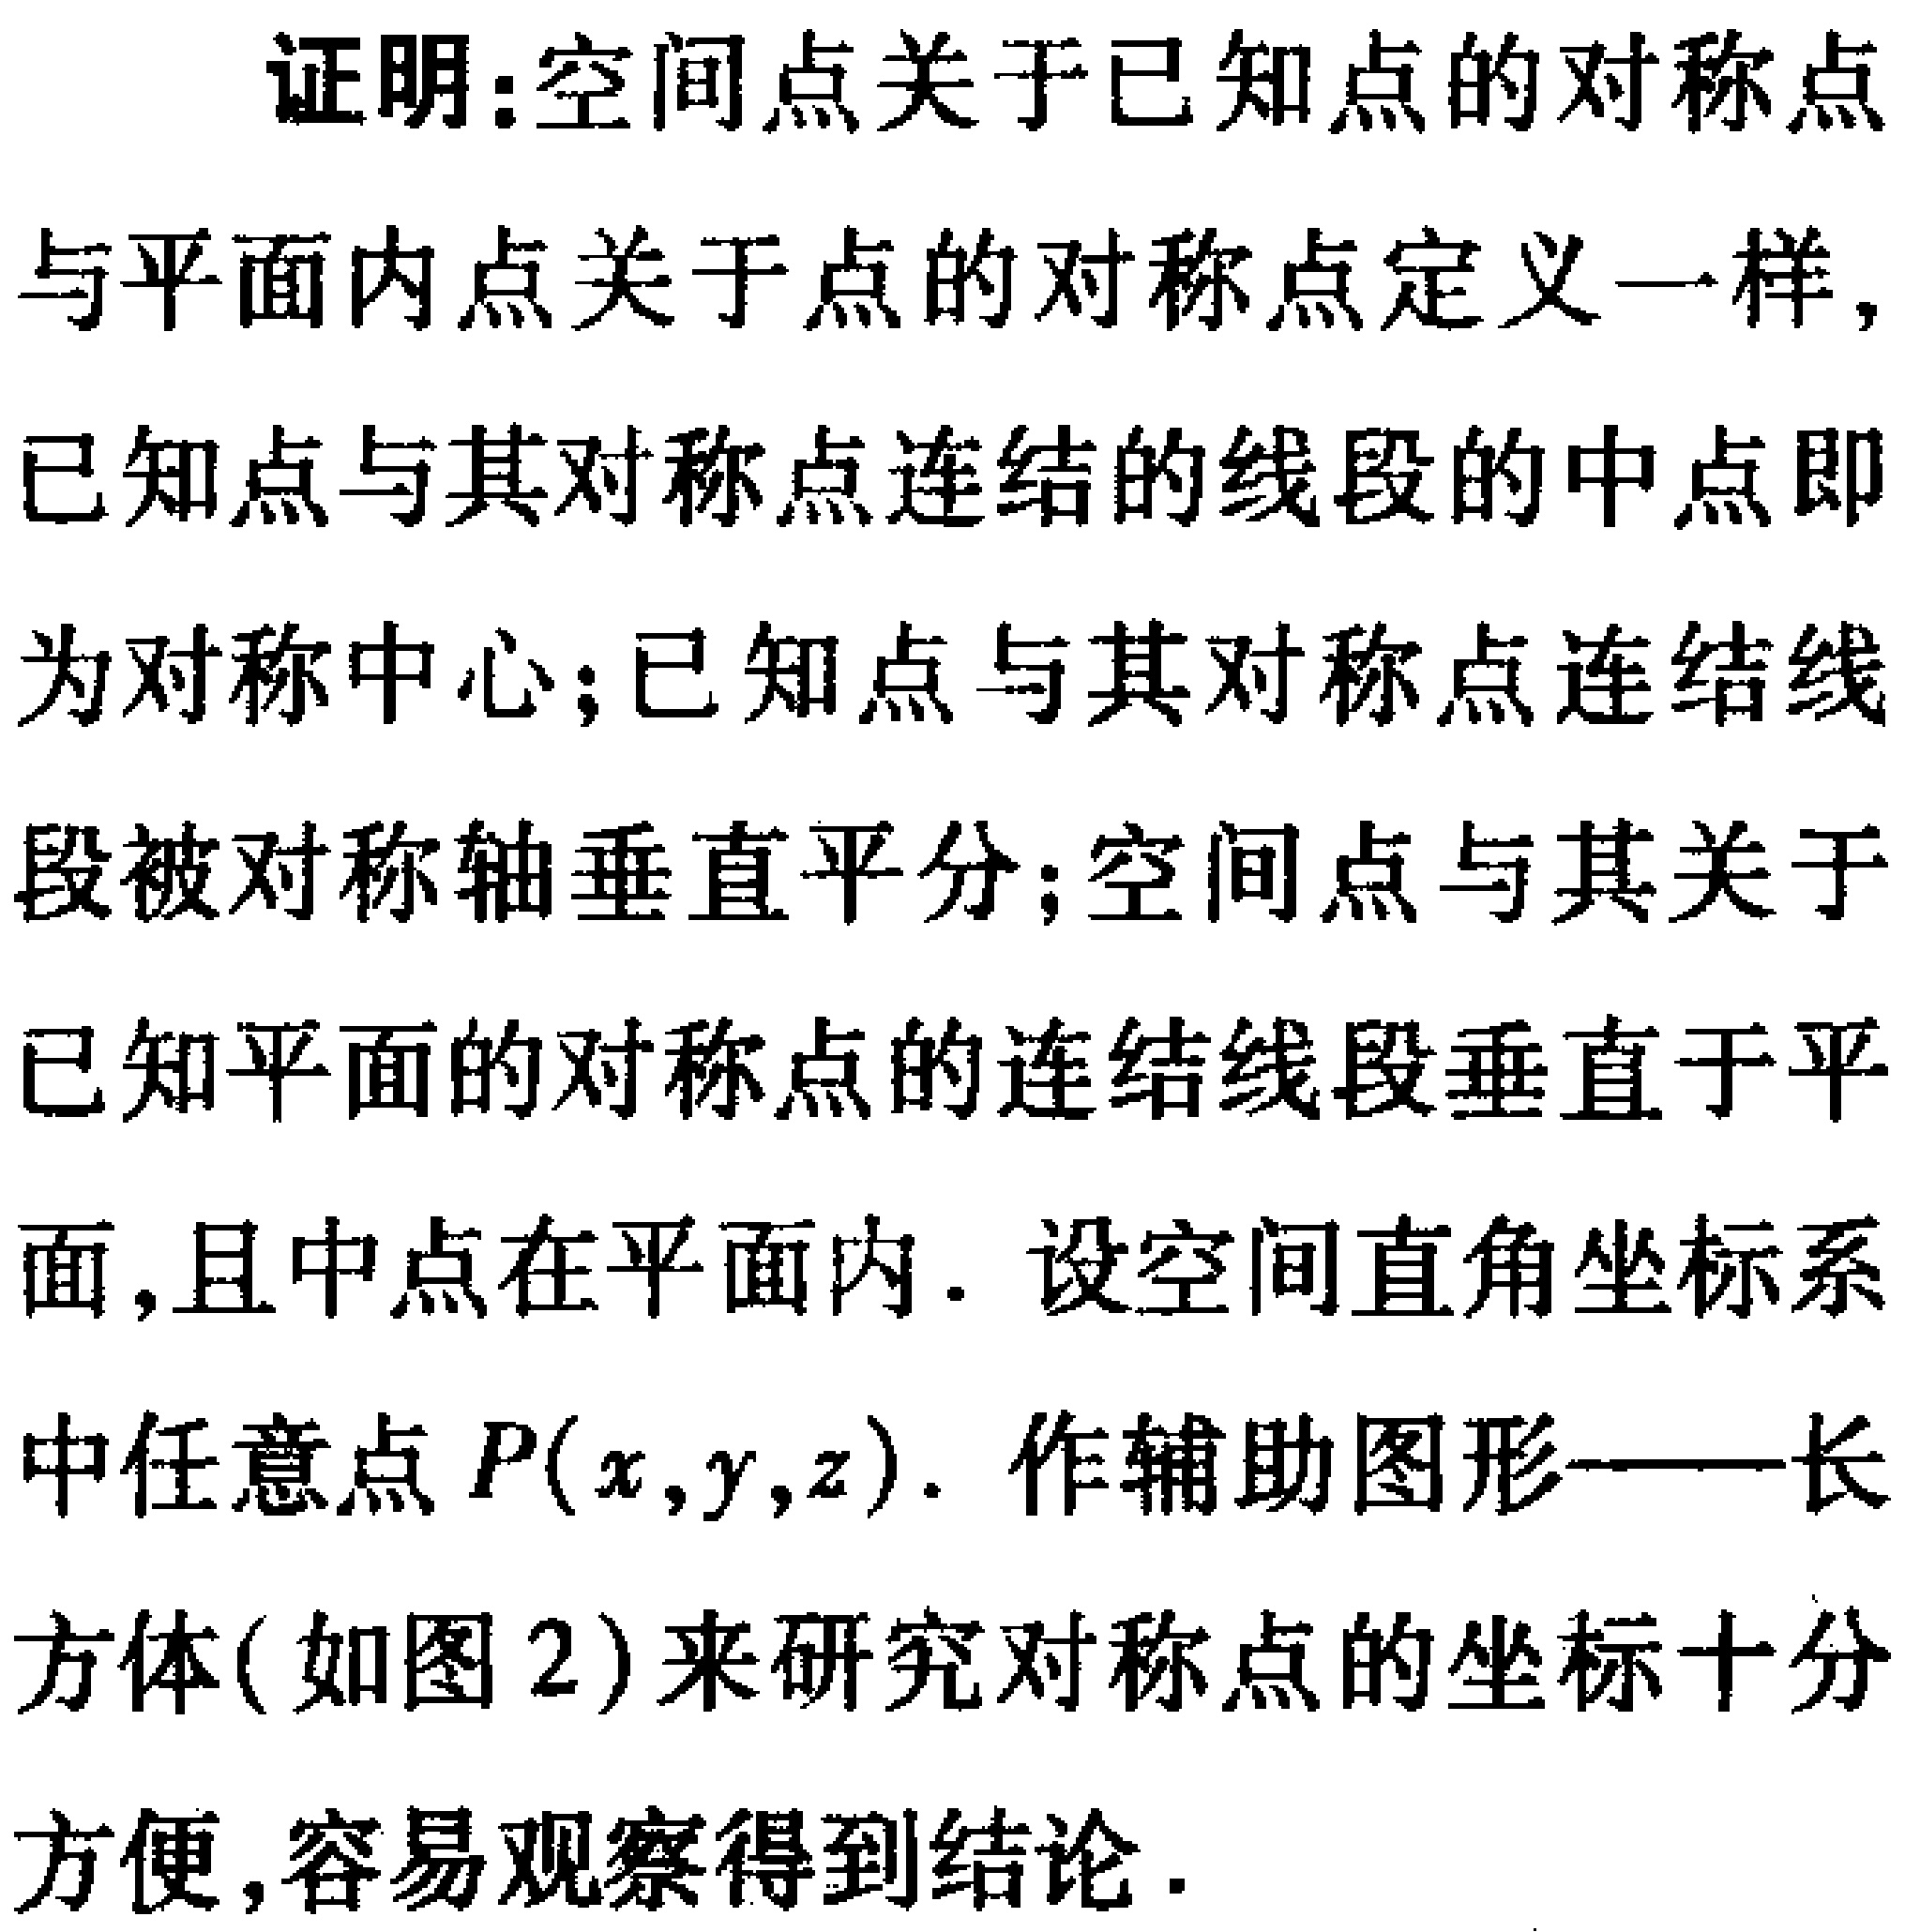
证明:空间点关于已知点的对称点

与平面内点关于点的对称点定义一样,

已知点与其对称点连结的线段的中点即

为对称中心;已知点与其对称点连结点

段被对称轴垂直平分;空间点与其关于

已知平面的对称点的连结线段垂直于平

面,且中点在平面内. 设空间直角坐标系

中任意点\(P(x,y,z)\). 作辅助图形——长

方体(如图2)来研究对称点的坐标十分

方便,容易观察得到结论.